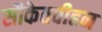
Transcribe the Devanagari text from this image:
सौकेतवीहन